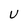
Character: U